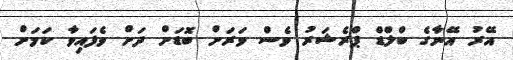
އޭރު އޭނާގެ ބްލްޑް ޕްރެޝަރު ވެސް ވަރަށް ބޮޑަށް ދަށް ވެފައިވާ ކަމަށް